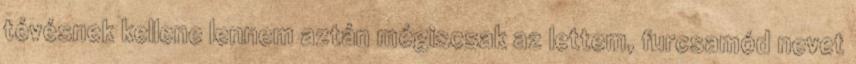
tévésnek kellene lennem aztán mégiscsak az lettem, furcsamód nevet